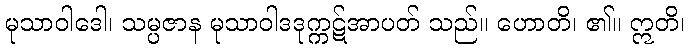
မုသာဝါဒေါ၊ သမ္ပဇာန မုသာဝါဒဒုက္ကဋ်အာပတ် သည်။ ဟောတိ၊ ၏။ ဣတိ၊